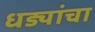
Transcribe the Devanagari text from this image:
धड्यांचा